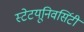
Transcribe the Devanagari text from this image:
स्टेटयूनिवर्सिटी